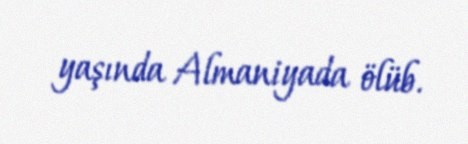
yaşında Almaniyada ölüb.